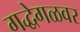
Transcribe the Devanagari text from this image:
गद्धेगळवर